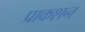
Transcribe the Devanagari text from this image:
प्राकशन